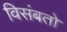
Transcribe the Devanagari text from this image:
विसंबतो